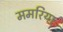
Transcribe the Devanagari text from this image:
ममरिया